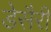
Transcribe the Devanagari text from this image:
डेसैरी